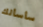
سأسألك